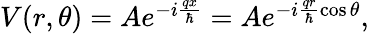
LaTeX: \begin{array}{r}{V(r,\theta)=Ae^{-i\frac{qx}{\hbar}}=Ae^{-i\frac{qr}{\hbar}\cos{\theta}},}\end{array}